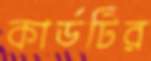
কার্ডটির